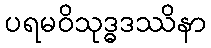
ပရမဝိသုဒ္ဓဒဿိနာ